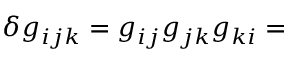
\delta { } g _ { i j k } = g _ { i j } g _ { j k } g _ { k i } =